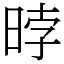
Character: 㫲